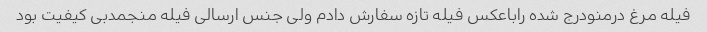
فیله مرغ درمنودرج شده راباعکس فیله تازه سفارش دادم ولی جنس ارسالی فیله منجمدبی کیفیت بود